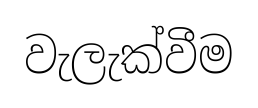
වැලැක්වීම